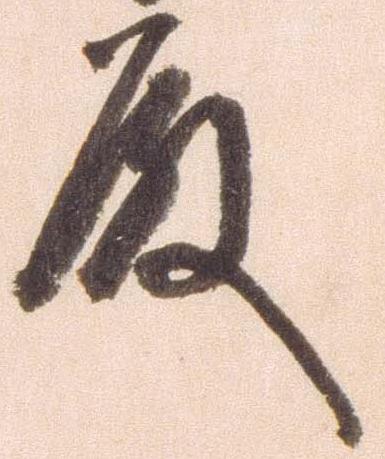
殿